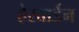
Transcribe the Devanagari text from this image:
हेरवार्डन